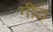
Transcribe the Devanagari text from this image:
गीठ